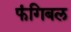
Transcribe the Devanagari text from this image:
फंगिबल